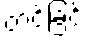
တင်ခြင်း